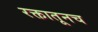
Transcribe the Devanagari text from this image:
रक्तातूनच